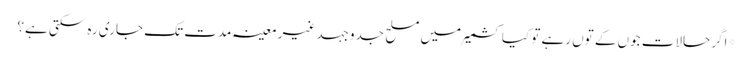
*اگر حالات جوں کے توں رہے تو کیا کشمیر میں مسلح جدوجہد غیر معینہ مدت تک جاری رہ سکتی ہے؟